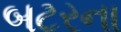
બટરના